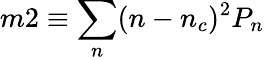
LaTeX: m2\equiv\sum_{n}(n-n_{c})^{2}P_{n}